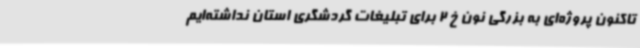
تاکنون پروژه‌ای به بزرگی نون خ 2 برای تبلیغات گردشگری استان نداشته‌ایم